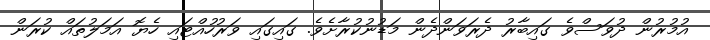
އުމުރުން ދުވަސްވެ ގައިބާރު ދެރަވަންދެން މަޑުނުކުރާށެވެ. ގައިގައި ވަރުހުއްޓައި ހެޔޮ އަމަލުތައް ކުރަން